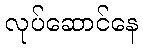
လုပ်ဆောင်နေ